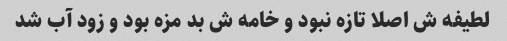
لطیفه ش اصلا تازه نبود و خامه ش بد مزه بود و زود آب شد